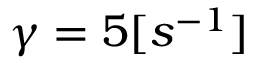
\gamma = 5 [ s ^ { - 1 } ]